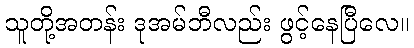
သူတို့အတန်း ဒုအမ်ဘီလည်း ဖွင့်နေပြီလေ။